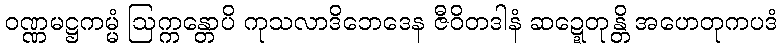
ဝဏ္ဏမဋ္ဌကမ္မံ ဩက္ကန္တောပိ ကုသလာဒိဘေဒေန ဇီဝိတဒါနံ ဆဍ္ဍေတုန္တိ အဟေတုကပဒံ